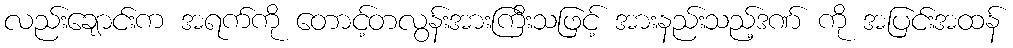
လည်းချောင်းက အရက်ကို တောင့်တလွန်းအားကြီးသဖြင့် အားနည်းသည့်ဒဏ် ကို အပြင်းအထန်